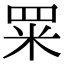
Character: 䍘